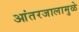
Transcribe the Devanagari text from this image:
आंतरजालामुळे